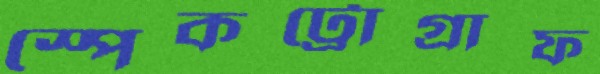
স্পেকট্রোগ্রাফ